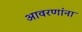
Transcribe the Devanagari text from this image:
आवरणांना